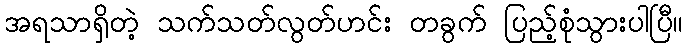
အရသာရှိတဲ့ သက်သတ်လွတ်ဟင်း တခွက် ပြည့်စုံသွားပါပြီ။